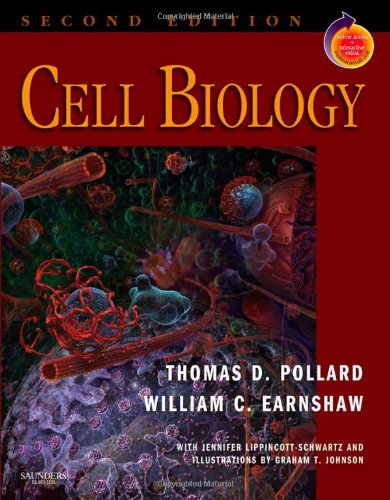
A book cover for Cell Biology: With STUDENT CONSULT Access, 2e (Pollard, Cell Biology,  with Student Consult Online Access); Thomas D. Pollard MD; Medical Books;